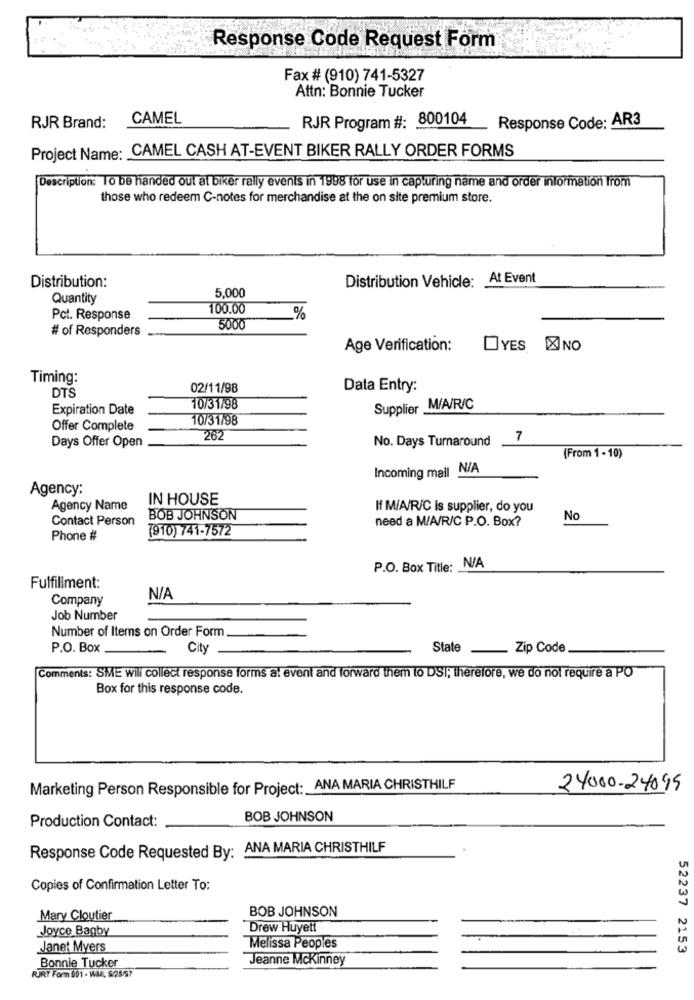
Response Code Request Form
Fax # (910) 741-5327
Attn: Bonnie Tucker
CAMEL
RJR Program #: 800104
RJR Brand:
Response Code: AR3
Project Name: CAMEL CASH AT-EVENT BIKER RALLY ORDER FORMS
Description: To be handed out at biker rally events in 1998 for use in capturing name and order information from
those who redeem C-notes for merchandise at the on site premium store.
Distribution Vehicle: At Event
Distribution:
5,000
Quantity
100.00
Pct. Response
%
# of Responders
5000
Age Verification:
OYES XINO
Timing:
02/11/98
Data Entry:
DTS
Expiration Date
10/31/98
Supplier M/A/R/C
10/31/98
Offer Complete
Days Offer Open
262
No. Days Turnaround
7
(From 1 - 10)
Incoming mail N/A
Agency:
IN HOUSE
Agency Name
If M/A/R/C is supplier, do you
Contact Person
BOB JOHNSON
need a M/A/R/C P.O. Box?
No
(910) 741-7572
Phone #
P.O. Box Title: N/A
Fulfillment:
Company
Job Number
Number of Items on Order Form
P.O. Box
City
State . Zip Code
Comments: SME wil collect response forms at event and forward them to DSI; therefore, we do not require a PO
Box for this response code.
Marketing Person Responsible for Project: ANA MARIA CHRISTHILF
24000-24095
BOB JOHNSON
Production Contact:
Response Code Requested By: ANA MARIA CHRISTHILF
Copies of Confirmation Letter To:
BOB JOHNSON
Mary Cloutier
Joyce Bagby
Drew Huyett
Janet Myers
Melissa Peoples
52237 2153
Jeanne Mckinney
Bonnie Tucker
RJRT Form 991 - WM. 9/25/57